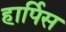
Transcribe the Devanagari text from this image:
हार्पिस